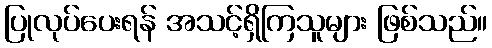
ပြုလုပ်ပေးရန် အသင့်ရှိကြသူများ ဖြစ်သည်။